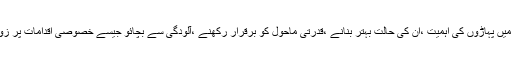
اس دن دنیا بھر میں پہاڑوں کی اہمیت ،ان کی حالت بہتر بنانے ،قدرتی ماحول کو برقرار رکھنے ،آلودگی سے بچائو جیسے خصوصی اقدامات پر زور دیا جاتا ہے ۔